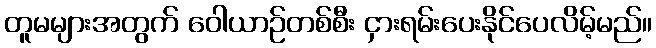
တူမများအတွက် ဝေါယာဉ်တစ်စီး ငှားရမ်းပေးနိုင်ပေလိမ့်မည်။